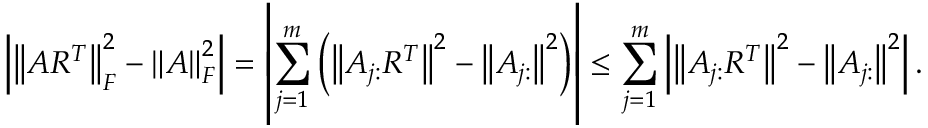
\left| { \left\| A R ^ { T } \right\| } _ { F } ^ { 2 } - { \left\| A \right\| } _ { F } ^ { 2 } \right| = \left| \sum _ { j = 1 } ^ { m } \left( { \left\| A _ { j : } R ^ { T } \right\| } ^ { 2 } - { \left\| A _ { j : } \right\| } ^ { 2 } \right) \right| \leq \sum _ { j = 1 } ^ { m } \left| { \left\| A _ { j : } R ^ { T } \right\| } ^ { 2 } - { \left\| A _ { j : } \right\| } ^ { 2 } \right| .